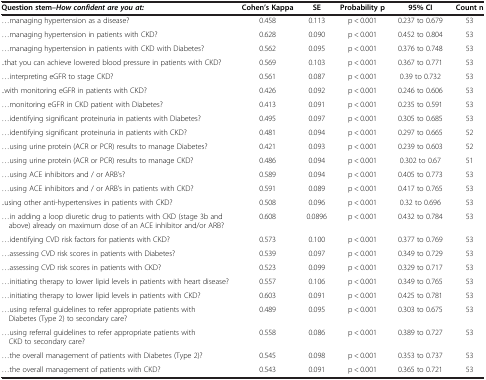
<table><thead><tr><td><b>Question stem–<i>How confident are you at:</i></b></td><td><b>Cohen’s Kappa</b></td><td><b>SE</b></td><td><b>Probability p</b></td><td><b>95% CI</b></td><td><b>Count n</b></td></tr></thead><tbody><tr><td>...managing hypertension as a disease?</td><td>0.458</td><td>0.113</td><td>p &lt; 0.001</td><td>0.237 to 0.679</td><td>53</td></tr><tr><td>...managing hypertension in patients with CKD?</td><td>0.628</td><td>0.090</td><td>p &lt; 0.001</td><td>0.452 to 0.804</td><td>53</td></tr><tr><td>...managing hypertension in patients with CKD with Diabetes?</td><td>0.562</td><td>0.095</td><td>p &lt; 0.001</td><td>0.376 to 0.748</td><td>53</td></tr><tr><td>..that you can achieve lowered blood pressure in patients with CKD?</td><td>0.569</td><td>0.103</td><td>p &lt; 0.001</td><td>0.367 to 0.771</td><td>53</td></tr><tr><td>...interpreting eGFR to stage CKD?</td><td>0.561</td><td>0.087</td><td>p &lt; 0.001</td><td>0.39 to 0.732</td><td>53</td></tr><tr><td>..with monitoring eGFR in patients with CKD?</td><td>0.426</td><td>0.092</td><td>p &lt; 0.001</td><td>0.246 to 0.606</td><td>53</td></tr><tr><td>...monitoring eGFR in CKD patient with Diabetes?</td><td>0.413</td><td>0.091</td><td>p &lt; 0.001</td><td>0.235 to 0.591</td><td>53</td></tr><tr><td>...identifying significant proteinuria in patients with Diabetes?</td><td>0.495</td><td>0.097</td><td>p &lt; 0.001</td><td>0.305 to 0.685</td><td>53</td></tr><tr><td>...identifying significant proteinuria in patients with CKD?</td><td>0.481</td><td>0.094</td><td>p &lt; 0.001</td><td>0.297 to 0.665</td><td>52</td></tr><tr><td>...using urine protein (ACR or PCR) results to manage Diabetes?</td><td>0.421</td><td>0.093</td><td>p &lt; 0.001</td><td>0.239 to 0.603</td><td>52</td></tr><tr><td>...using urine protein (ACR or PCR) results to manage CKD?</td><td>0.486</td><td>0.094</td><td>p &lt; 0.001</td><td>0.302 to 0.67</td><td>51</td></tr><tr><td>...using ACE inhibitors and / or ARB’s?</td><td>0.589</td><td>0.094</td><td>p &lt; 0.001</td><td>0.405 to 0.773</td><td>53</td></tr><tr><td>...using ACE inhibitors and / or ARB’s in patients with CKD?</td><td>0.591</td><td>0.089</td><td>p &lt; 0.001</td><td>0.417 to 0.765</td><td>53</td></tr><tr><td>..using other anti-hypertensives in patients with CKD?</td><td>0.508</td><td>0.096</td><td>p &lt; 0.001</td><td>0.32 to 0.696</td><td>53</td></tr><tr><td>...in adding a loop diuretic drug to patients with CKD (stage 3b and above) already on maximum dose of an ACE inhibitor and/or ARB?</td><td>0.608</td><td>0.0896</td><td>p &lt; 0.001</td><td>0.432 to 0.784</td><td>53</td></tr><tr><td>...identifying CVD risk factors for patients with CKD?</td><td>0.573</td><td>0.100</td><td>p &lt; 0.001</td><td>0.377 to 0.769</td><td>53</td></tr><tr><td>...assessing CVD risk scores in patients with Diabetes?</td><td>0.539</td><td>0.097</td><td>p &lt; 0.001</td><td>0.349 to 0.729</td><td>53</td></tr><tr><td>...assessing CVD risk scores in patients with CKD?</td><td>0.523</td><td>0.099</td><td>p &lt; 0.001</td><td>0.329 to 0.717</td><td>53</td></tr><tr><td>...initiating therapy to lower lipid levels in patients with heart disease?</td><td>0.557</td><td>0.106</td><td>p &lt; 0.001</td><td>0.349 to 0.765</td><td>53</td></tr><tr><td>...initiating therapy to lower lipid levels in patients with CKD?</td><td>0.603</td><td>0.091</td><td>p &lt; 0.001</td><td>0.425 to 0.781</td><td>53</td></tr><tr><td>...using referral guidelines to refer appropriate patients with Diabetes (Type 2) to secondary care?</td><td>0.489</td><td>0.095</td><td>p &lt; 0.001</td><td>0.303 to 0.675</td><td>53</td></tr><tr><td>...using referral guidelines to refer appropriate patients with CKD to secondary care?</td><td>0.558</td><td>0.086</td><td>p &lt; 0.001</td><td>0.389 to 0.727</td><td>53</td></tr><tr><td>...the overall management of patients with Diabetes (Type 2)?</td><td>0.545</td><td>0.098</td><td>p &lt; 0.001</td><td>0.353 to 0.737</td><td>53</td></tr><tr><td>...the overall management of patients with CKD?</td><td>0.543</td><td>0.091</td><td>p &lt; 0.001</td><td>0.365 to 0.721</td><td>53</td></tr></tbody></table>